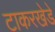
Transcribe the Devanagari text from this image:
टाकरखेडे